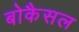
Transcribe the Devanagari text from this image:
बोकैसल